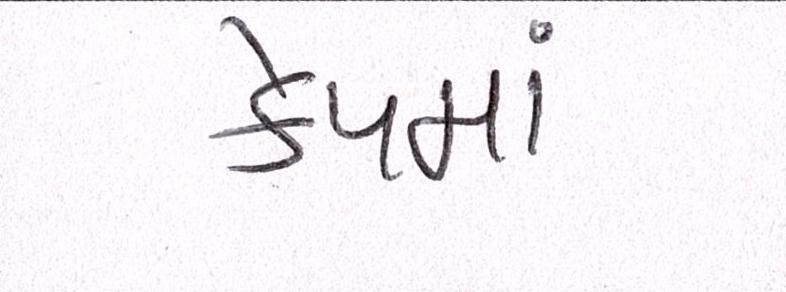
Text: કેપમાં